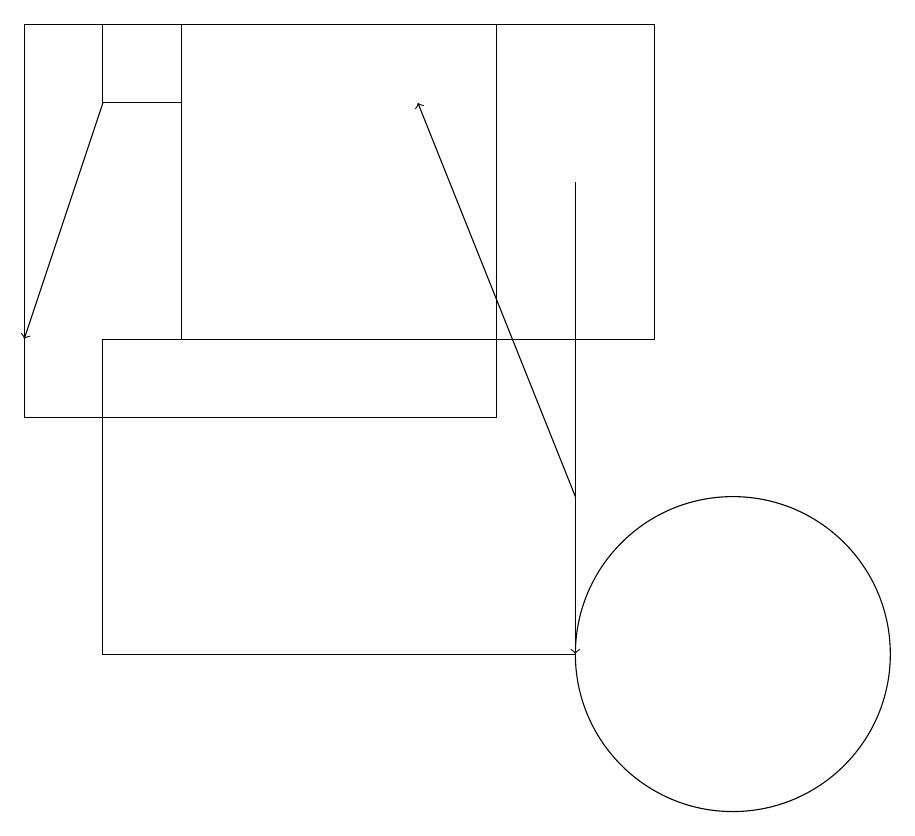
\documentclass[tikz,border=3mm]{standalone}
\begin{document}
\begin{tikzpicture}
\draw (10,11) circle (2);
\draw[->] (8,13) -- (6,18);
\draw (1,14) rectangle (7,19);
\draw (2,15) rectangle (8,11);
\draw[->] (2,18) -- (1,15);
\draw[->] (8,17) -- (8,11);
\draw (3,19) rectangle (2,18);
\draw (9,19) rectangle (3,15);
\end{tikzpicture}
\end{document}